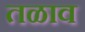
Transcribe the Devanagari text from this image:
तळाव